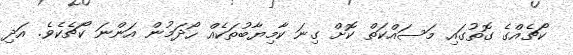
ކޯޗެއްގެ ގޮތުގައި މަސައްކަތް ކޮށް ގިނަ ކާމިޔާބުތަކެއް ހޯދަމުން އަންނަ ކޯޗެކެވެ. އަދި